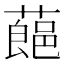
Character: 𮑛